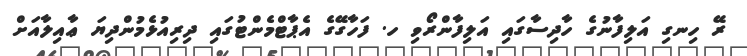
ރޭ ހިނގި އަލިފާނުގެ ހާދިސާގައި އަލިފާންރޯވި ހ. ފަހާގޭގެ އެޕާޓްމެންޓުގައި ދިރިއުޅެމުންދިޔަ ޢާއިލާއަށް